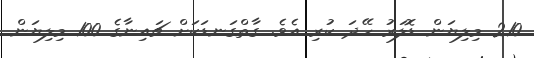
210 މިލިޔަން ޑޮލަރު ހޭދަ ކުރި އެވެ. ގާތްގަނޑަކަށް ޗައިނާގެ 100 މިލިޔަން